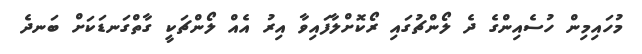
މުހައިމިން ހުސެއިންގެ ދެ ލޯންޗުގައި ރޯކޮށްލާފައިވާ އިރު އެއް ލޯންޗަކީ ގާތްގަނޑަކަށް ބަނދެ